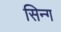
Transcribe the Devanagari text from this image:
सिन्ग